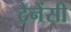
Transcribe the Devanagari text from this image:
टैनेंसी